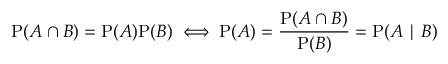
\mathrm { P } ( A \cap B ) = \mathrm { P } ( A ) \mathrm { P } ( B ) \iff \mathrm { P } ( A ) = { \frac { \mathrm { P } ( A \cap B ) } { \mathrm { P } ( B ) } } = \mathrm { P } ( A \mid B )